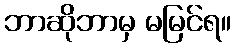
ဘာဆိုဘာမှ မမြင်ရ။